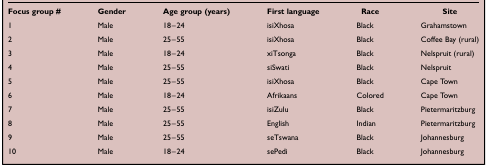
<table><thead><tr><td><b>Focus group #</b></td><td><b>Gender</b></td><td><b>Age group (years)</b></td><td><b>First language</b></td><td><b>Race</b></td><td><b>Site</b></td></tr></thead><tbody><tr><td>1</td><td>Male</td><td>18–24</td><td>isiXhosa</td><td>Black</td><td>Grahamstown</td></tr><tr><td>2</td><td>Male</td><td>25–55</td><td>isiXhosa</td><td>Black</td><td>Coffee Bay (rural)</td></tr><tr><td>3</td><td>Male</td><td>18–24</td><td>xiTsonga</td><td>Black</td><td>Nelspruit (rural)</td></tr><tr><td>4</td><td>Male</td><td>25–55</td><td>siSwati</td><td>Black</td><td>Nelspruit</td></tr><tr><td>5</td><td>Male</td><td>25–55</td><td>isiXhosa</td><td>Black</td><td>Cape Town</td></tr><tr><td>6</td><td>Male</td><td>18–24</td><td>Afrikaans</td><td>Colored</td><td>Cape Town</td></tr><tr><td>7</td><td>Male</td><td>25–55</td><td>isiZulu</td><td>Black</td><td>Pietermaritzburg</td></tr><tr><td>8</td><td>Male</td><td>25–55</td><td>English</td><td>Indian</td><td>Pietermaritzburg</td></tr><tr><td>9</td><td>Male</td><td>25–55</td><td>seTswana</td><td>Black</td><td>Johannesburg</td></tr><tr><td>10</td><td>Male</td><td>18–24</td><td>sePedi</td><td>Black</td><td>Johannesburg</td></tr></tbody></table>